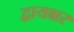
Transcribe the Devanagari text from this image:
द्वायक्षर